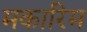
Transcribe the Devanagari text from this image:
मकारिम